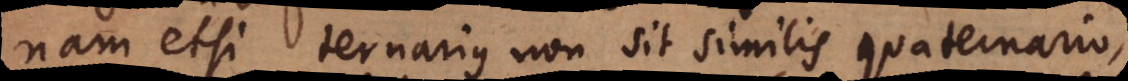
nam etsi ternarius non sit similis quaternario,